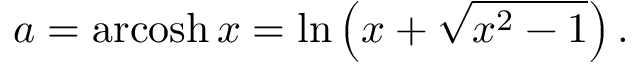
a = \operatorname { a r c o s h } x = \ln \left( x + { \sqrt { x ^ { 2 } - 1 } } \right) .